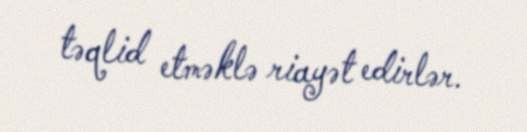
təqlid etməklə riayət edirlər.